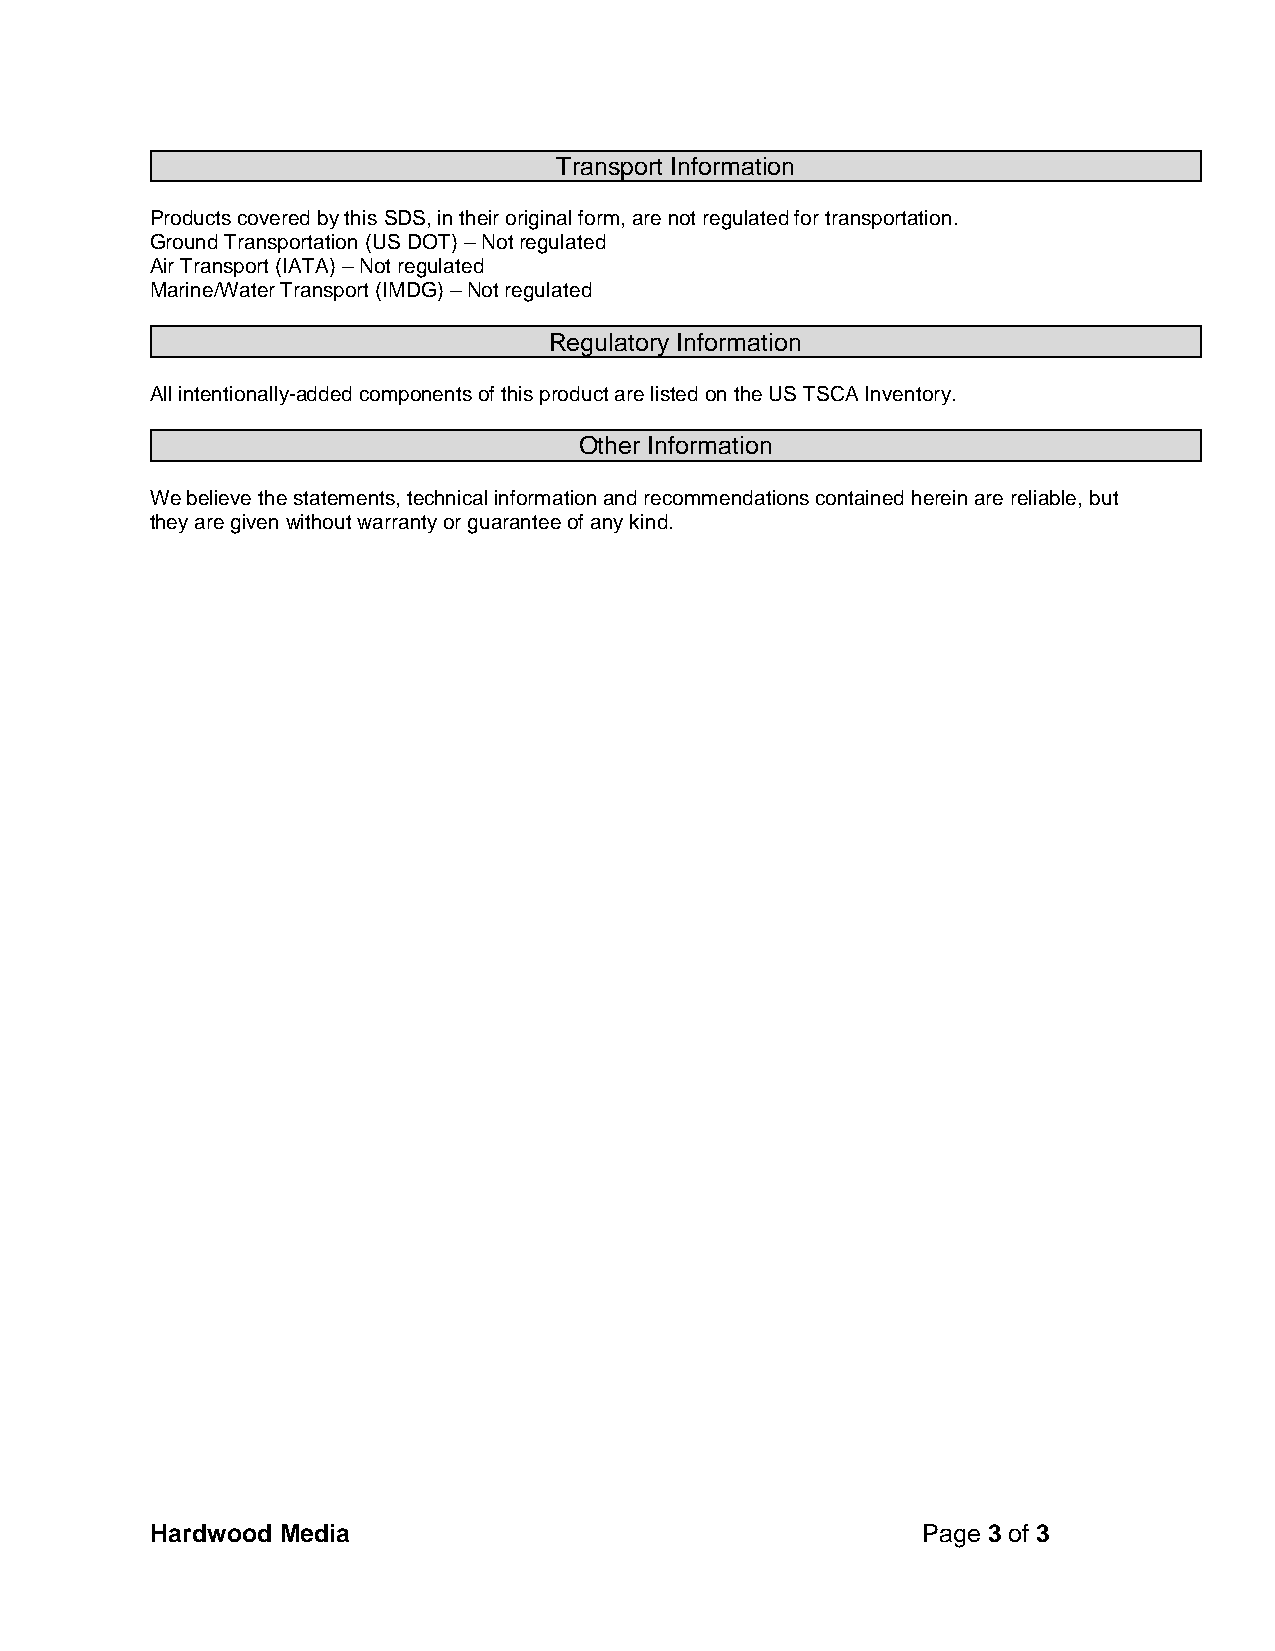
Transport Information
 Products covered by this SDS, in their original form, are not regulated for transportation.
 Ground Transportation (US DOT) – Not regulated
 Air Transport (IATA) – Not regulated
 Marine/Water Transport (IMDG) – Not regulated
 Regulatory Information
 All intentionally-added components of this product are listed on the US TSCA Inventory.
 Other Information
 We believe the statements, technical information and recommendations contained herein are reliable, but
 they are given without warranty or guarantee of any kind.
 Hardwood Media                                     Page 3 of 3